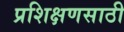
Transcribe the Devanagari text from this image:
प्रशिक्षणसाठी